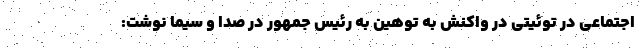
اجتماعی در توئیتی در واکنش به توهین به رئیس جمهور در صدا و سیما نوشت: